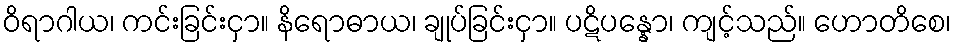
ဝိရာဂါယ၊ ကင်းခြင်းငှာ။ နိရောဓာယ၊ ချုပ်ခြင်းငှာ။ ပဋိပန္နော၊ ကျင့်သည်။ ဟောတိစေ၊